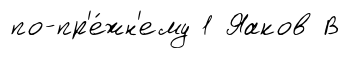
по-пр'е́жн'ему 1 Яаков В